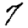
Digit: 7